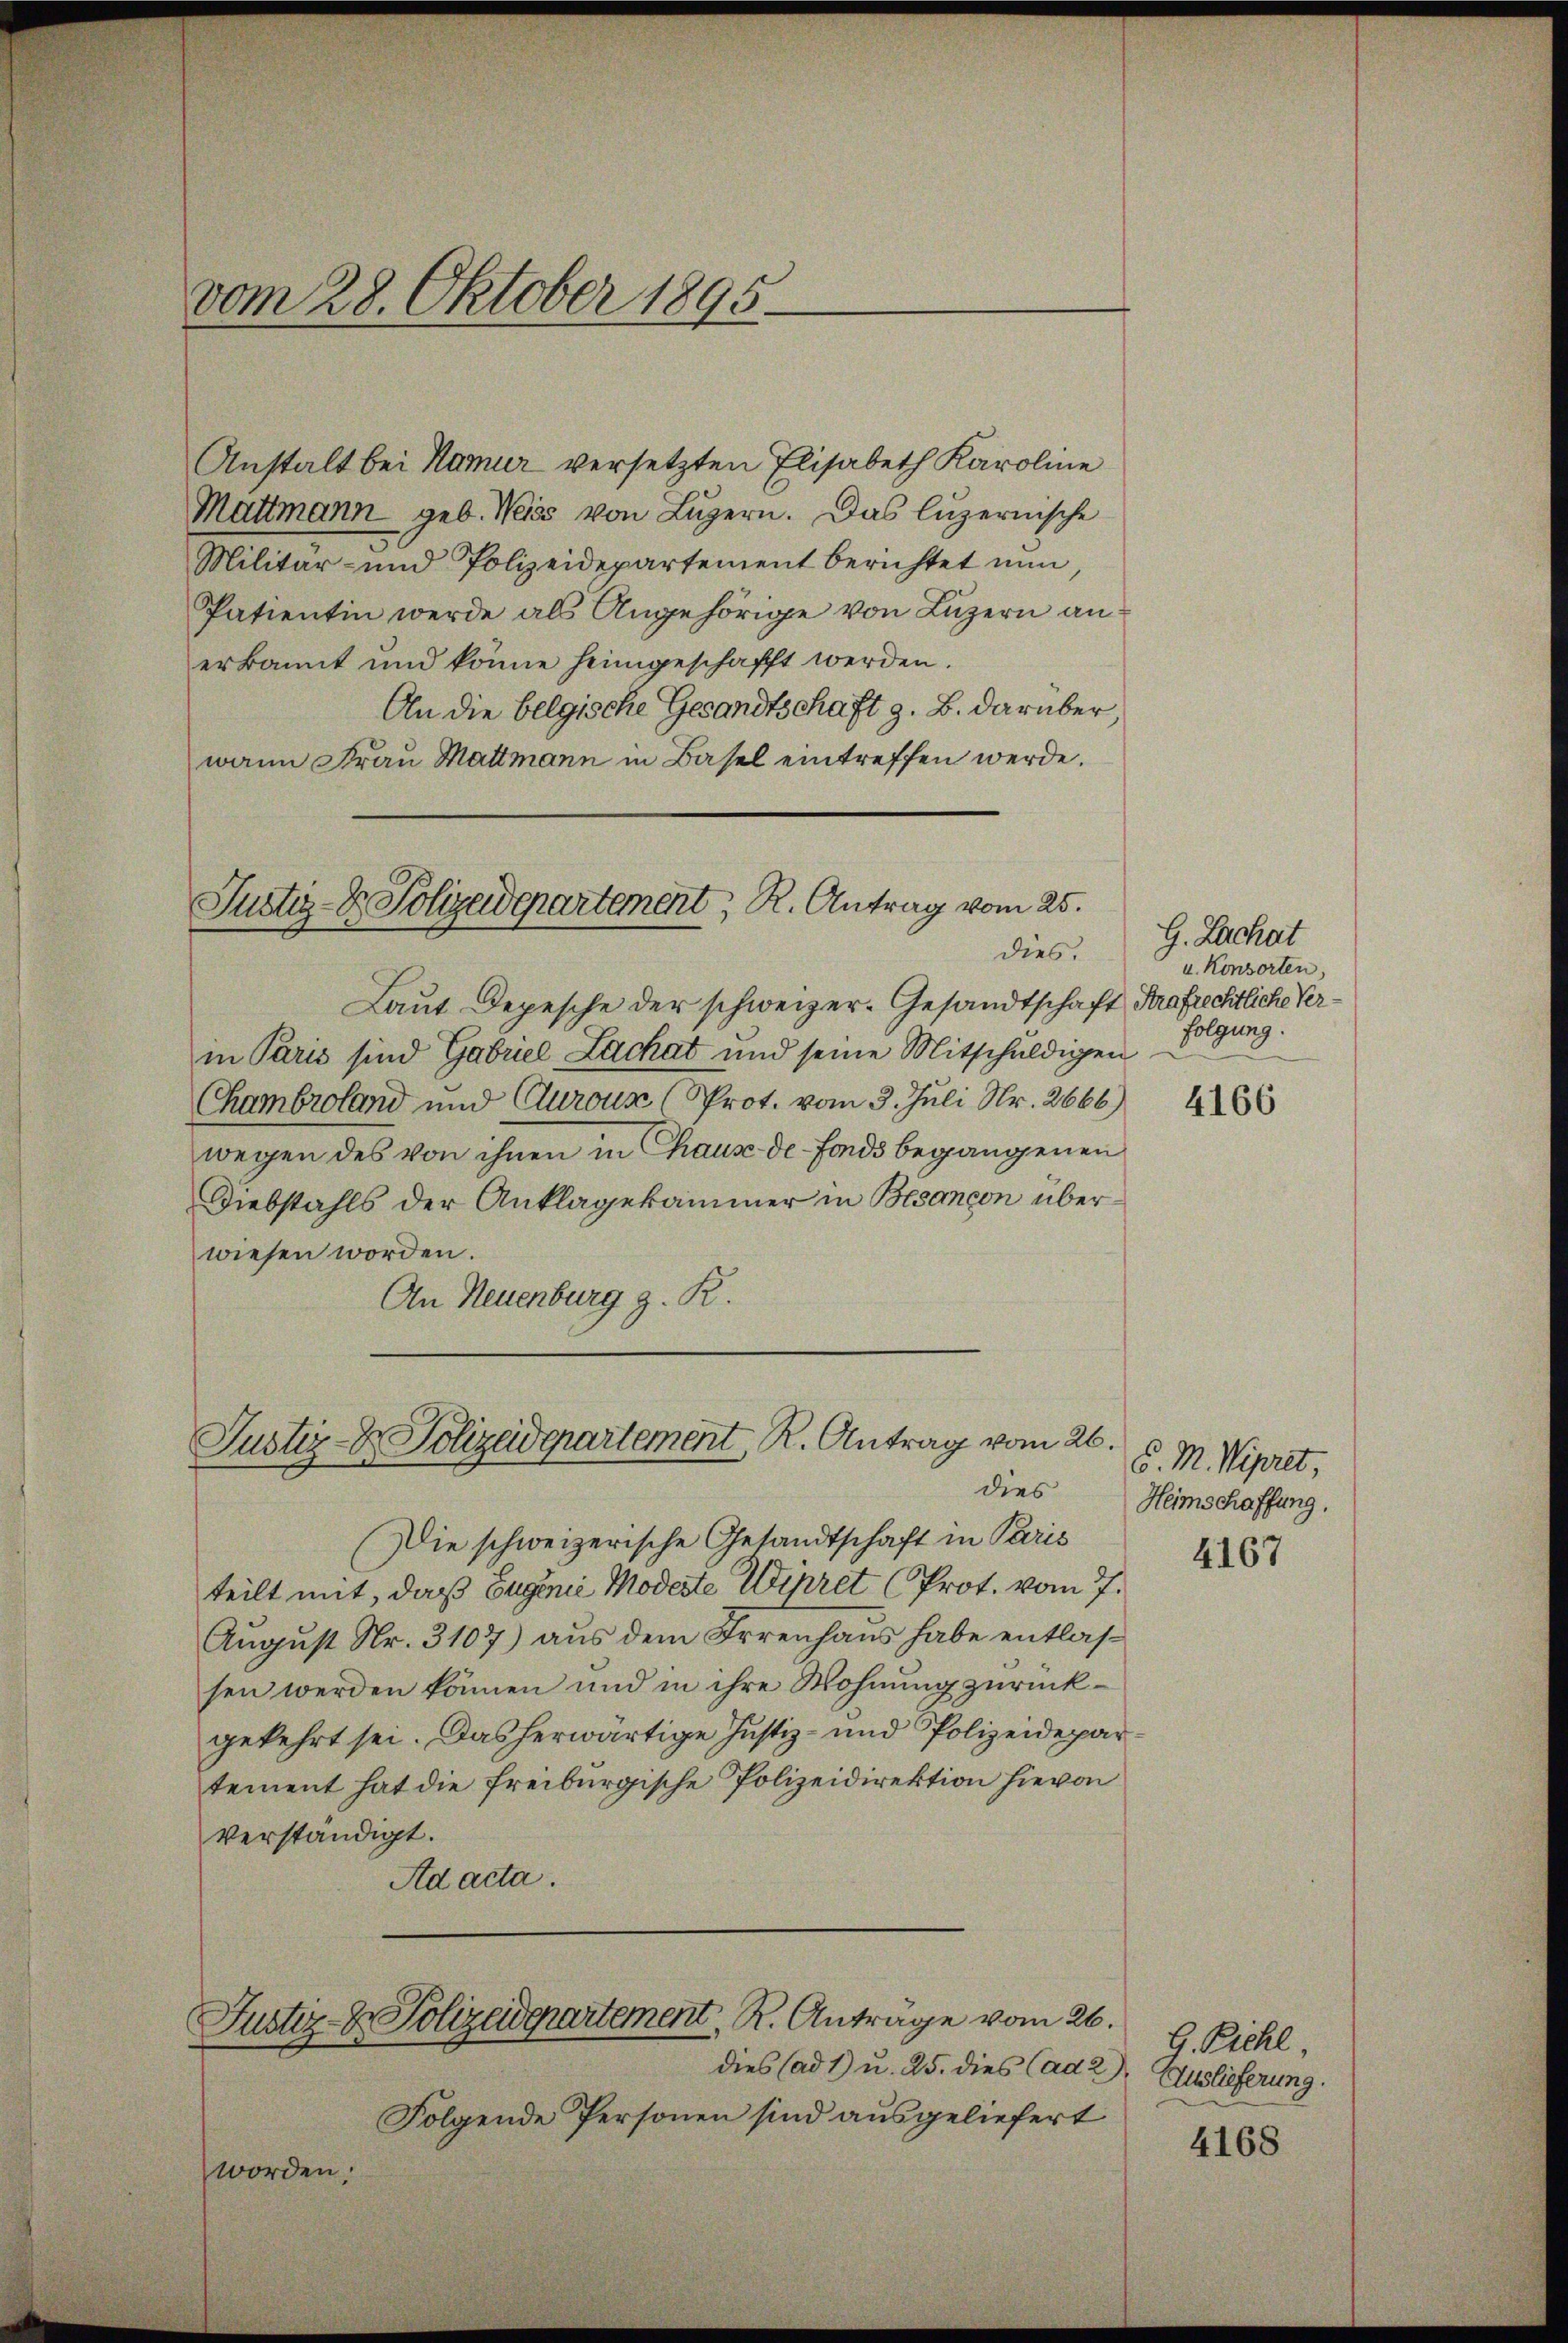
vom 28. Oktober 1895

Anstalt bei Namur versetzten Elisabeth Karoline
Mattmann geb. Weiss von Lŭzern. Das luzernische
Militär- und Polizeidepartement berichtet nun
Patientin werde als Angehörige von Luzern an:
erkannt und könne heimgeschafft werden.
An die belgische Gesandtschaft z. B. darüber
wann Frau Mattmann in Basel eintreffen werde.

Justiz- & Polizeidepartement, R. Antrag vom 25.
dies.

Laut Depesche der schweizer-Gesandtschaft Strafrechtliche Verin Paris sind Gabriel Lachat und seine Mitschuldigen
Chambroland und Curoun (Prot. vom 3. Juli Nr. 2666)
wegen des von ihnen in Chause de fonds begangenen
Diebstahls der Anklagekammer in Besançon überwiesen worden.
An Neuenburg z. R.

Justiz- & Polizeiderartement, R. Antrag vom 26.
dies

Die schweizerische Gesandtschaft in Paris
teilt mit, daß Eugene Modeste Wirret (Prot. vom 7.
August Nr. 3107) aus dem Irrenhaus habe entlassen werden können und in ihre Wohnung zurückgekehrt sei. Das herwärtige Justiz- und Polizeidepartement hat die freiburgische Polizeidirektion hievon
verständigt.
Ad acta.

Justiz- & Polizeidepartement R. Antrage vom 26.

dies (ad 1) u. 25. dies Cad 2)
Folgende Personen sind ausgeliefert
worden.

G. Zachat
u. Konsorten,
folgung.
4166

S. M. Vipret,
Heimschaffung.
4167

G. Pichl,
Auslieferung.

4168